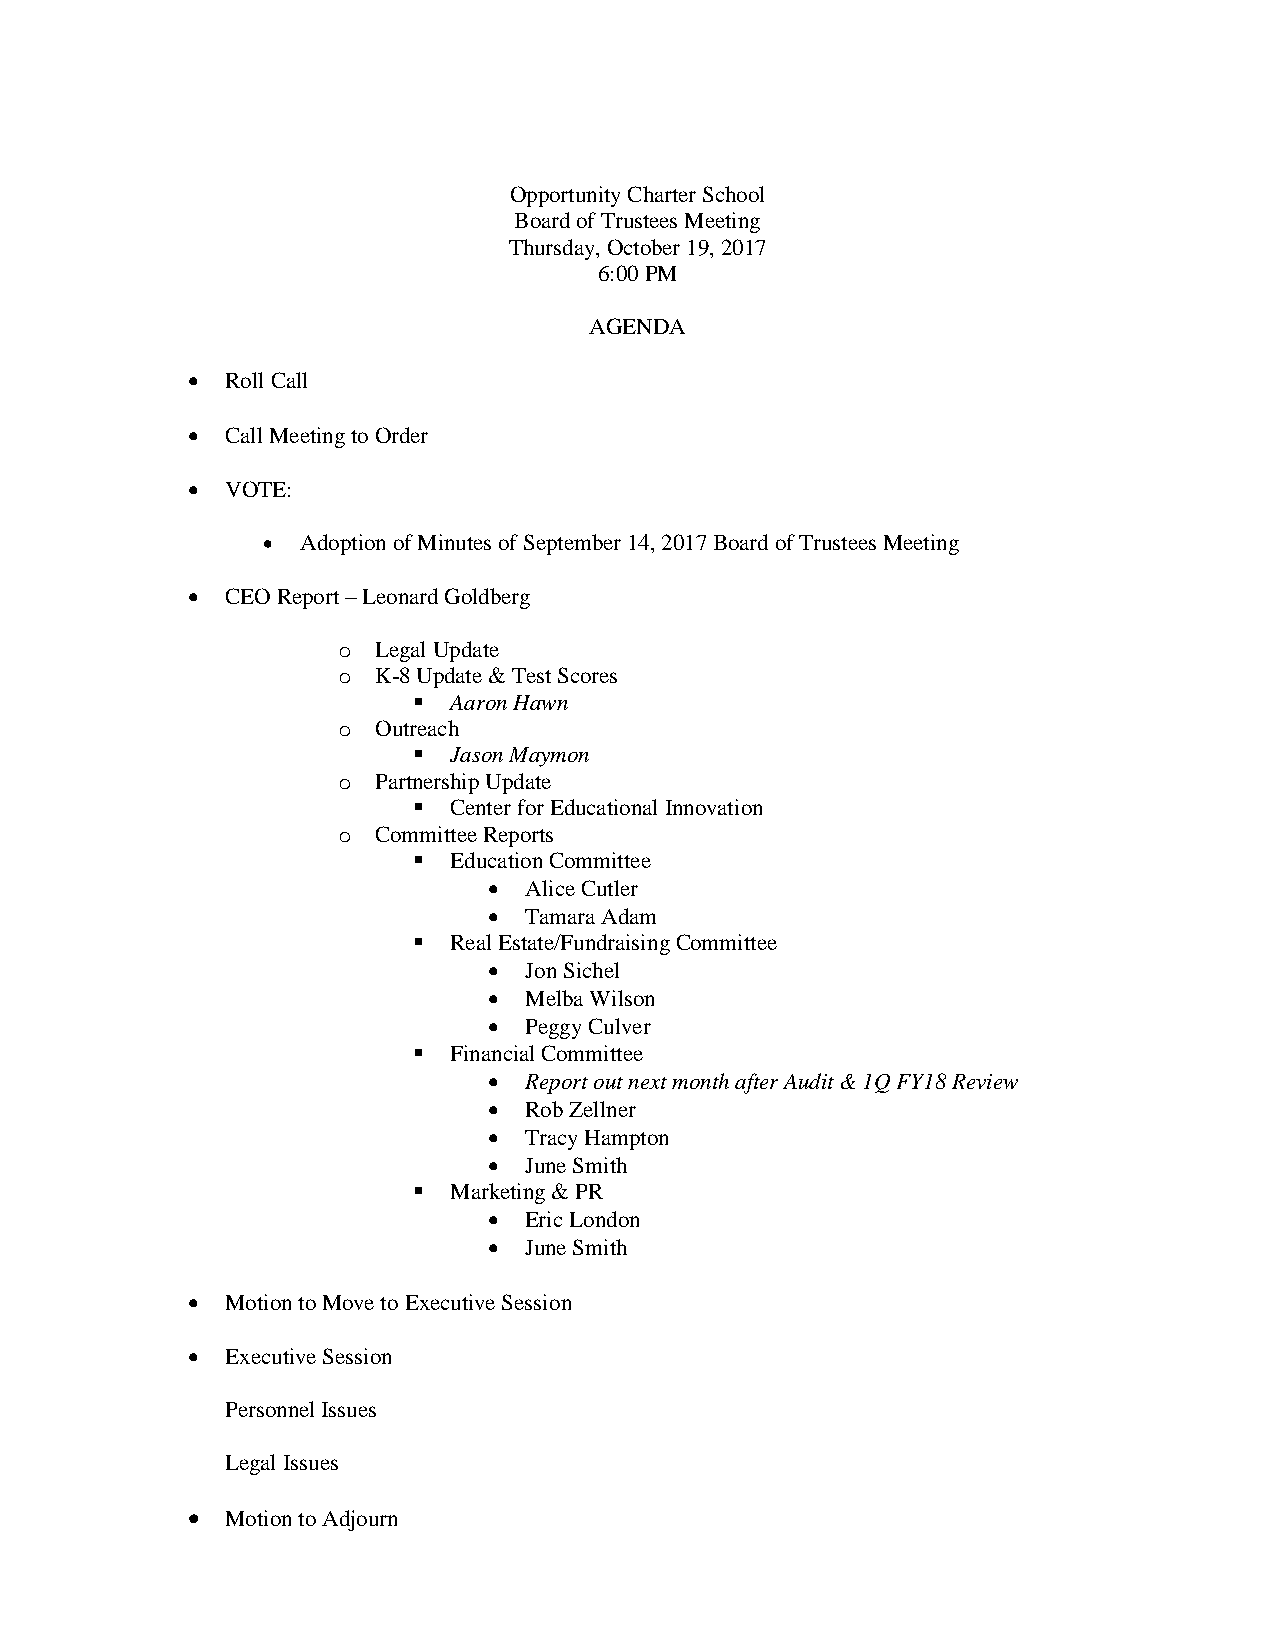
Opportunity Charter School
 Board of Trustees Meeting
 Thursday, October 19, 2017
 6:00 PM
 AGENDA
   Roll Call
   Call Meeting to Order
   VOTE:
   Adoption of Minutes of September 14, 2017 Board of Trustees Meeting
   CEO Report – Leonard Goldberg
 o  Legal Update
 o  K-8 Update & Test Scores
   Aaron Hawn
 o  Outreach
   Jason Maymon
 o  Partnership Update
   Center for Educational Innovation
 o  Committee Reports
   Education Committee
   Alice Cutler
   Tamara Adam
   Real Estate/Fundraising Committee
   Jon Sichel
   Melba Wilson
   Peggy Culver
   Financial Committee
   Report out next month after Audit & 1Q FY18 Review
   Rob Zellner
   Tracy Hampton
   June Smith
   Marketing & PR
   Eric London
   June Smith
   Motion to Move to Executive Session
   Executive Session
 Personnel Issues
 Legal Issues
   Motion to Adjourn